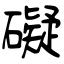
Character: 礙